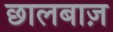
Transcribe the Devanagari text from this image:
छालबाज़